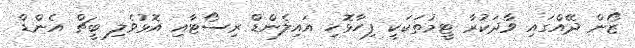
ޒޯން ދޭއްގައި ވާދަކުރާ ޓީމުތަކަކީ ފިހާޅޮހި އައިލެންޑް ރިސޯޓާއި އޮޅުވެލި ބީޗް އެންޑް